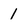
Character: 1